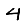
Digit: 4